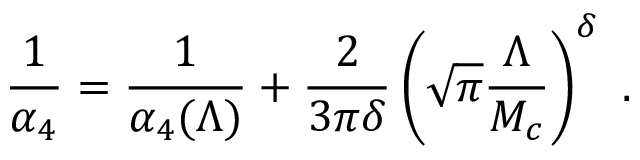
\frac { 1 } { \alpha _ { 4 } } = \frac { 1 } { \alpha _ { 4 } ( \Lambda ) } + \frac { 2 } { 3 \pi \delta } \left( \sqrt { \pi } \frac { \Lambda } { M _ { c } } \right) ^ { \delta } ~ .